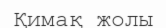
Қимақ жолы